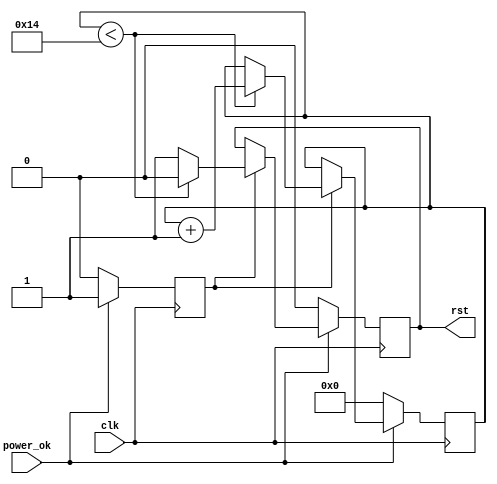
module PowerOnReset #(
    parameter RESET_DURATION = 20  // Reset duration in clock cycles
)(
    input wire clk,                // Clock input
    input wire power_ok,           // Signal indicating stable power
    output reg rst                // Active-low reset signal
);

// Internal counter to track the number of clock cycles
reg [31:0] counter;               // Adjust width as needed
reg power_stable;                 // To track stable power status

// State machine for reset generation
always @(posedge clk) begin
    if (~power_ok) begin
        // If power is not stable, initialize the reset
        rst <= 1'b0;               // Assert reset (active low)
        counter <= 0;              // Reset counter
        power_stable <= 1'b0;      // Power is not stable
    end else begin
        // Power is stable, proceed to count
        power_stable <= 1'b1;
        if (power_stable) begin
            if (counter < RESET_DURATION) begin
                counter <= counter + 1; // Increment counter
                rst <= 1'b0;             // Keep reset asserted
            end else begin
                rst <= 1'b1;             // Deassert reset (active low)
            end
        end
    end
end

endmodule